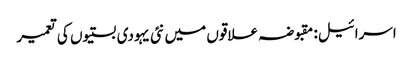
اسرائیل: مقبوضہ علاقوں میں نئی یہودی بستیوں کی تعمیر